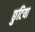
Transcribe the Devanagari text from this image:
छुटिया